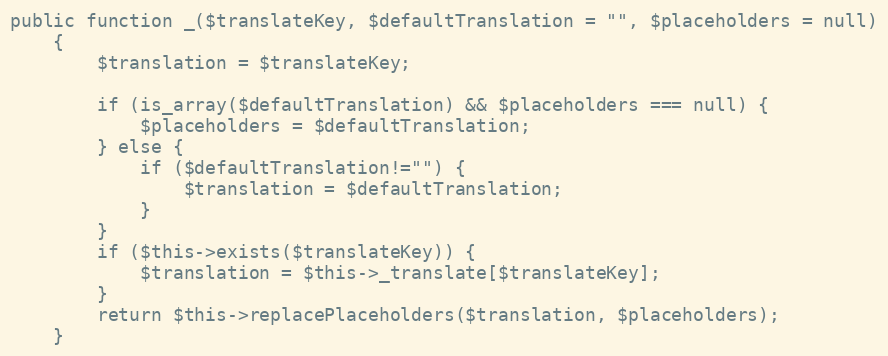
Language: PHP
public function _($translateKey, $defaultTranslation = "", $placeholders = null)
	{
		$translation = $translateKey;

		if (is_array($defaultTranslation) && $placeholders === null) {
			$placeholders = $defaultTranslation;
		} else {
			if ($defaultTranslation!="") {
				$translation = $defaultTranslation;
			}
		}
		if ($this->exists($translateKey)) {
			$translation = $this->_translate[$translateKey];
		}
		return $this->replacePlaceholders($translation, $placeholders);
	}